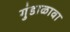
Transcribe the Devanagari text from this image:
गुंडाळावा